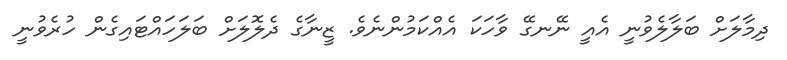
ދިމާލަށް ބަލާލެވުނީ އެއީ ނޭނގޭ ވާހަކަ އެއްކަމުންނެވެ. ޒީނާގެ ދެލޮލަށް ބަލަހައްޓައިގެން ހުރެވުނީ